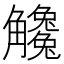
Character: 𧥒